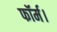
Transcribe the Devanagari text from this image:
फॉर्म।